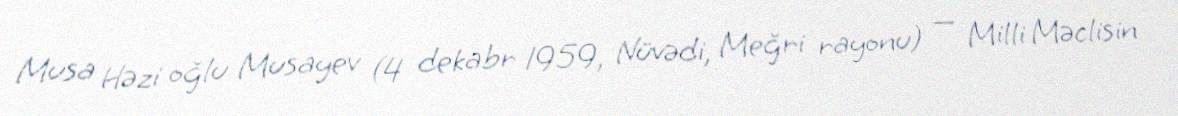
Musa Həzi oğlu Musayev (4 dekabr 1959, Nüvədi, Meğri rayonu) — Milli Məclisin